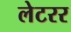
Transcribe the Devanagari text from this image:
लेटरर